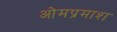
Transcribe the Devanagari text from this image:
ओमप्रमाश